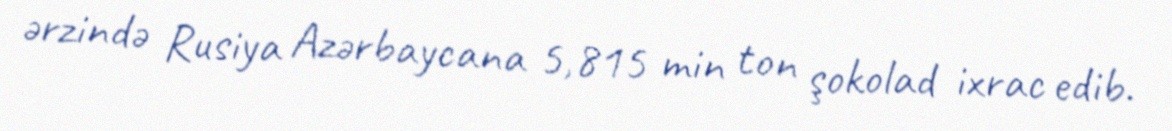
ərzində Rusiya Azərbaycana 5,815 min ton şokolad ixrac edib.